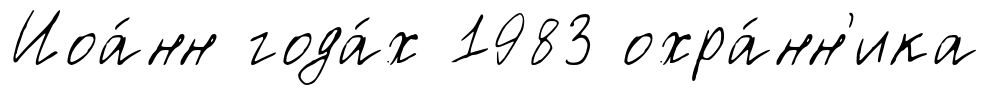
Иоа́нн года́х 1983 охра́нн'ика